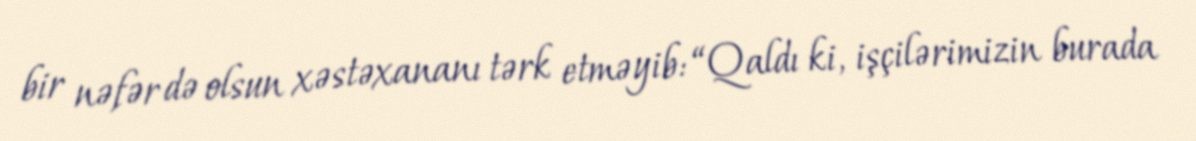
bir nəfər də olsun xəstəxananı tərk etməyib: “Qaldı ki, işçilərimizin burada